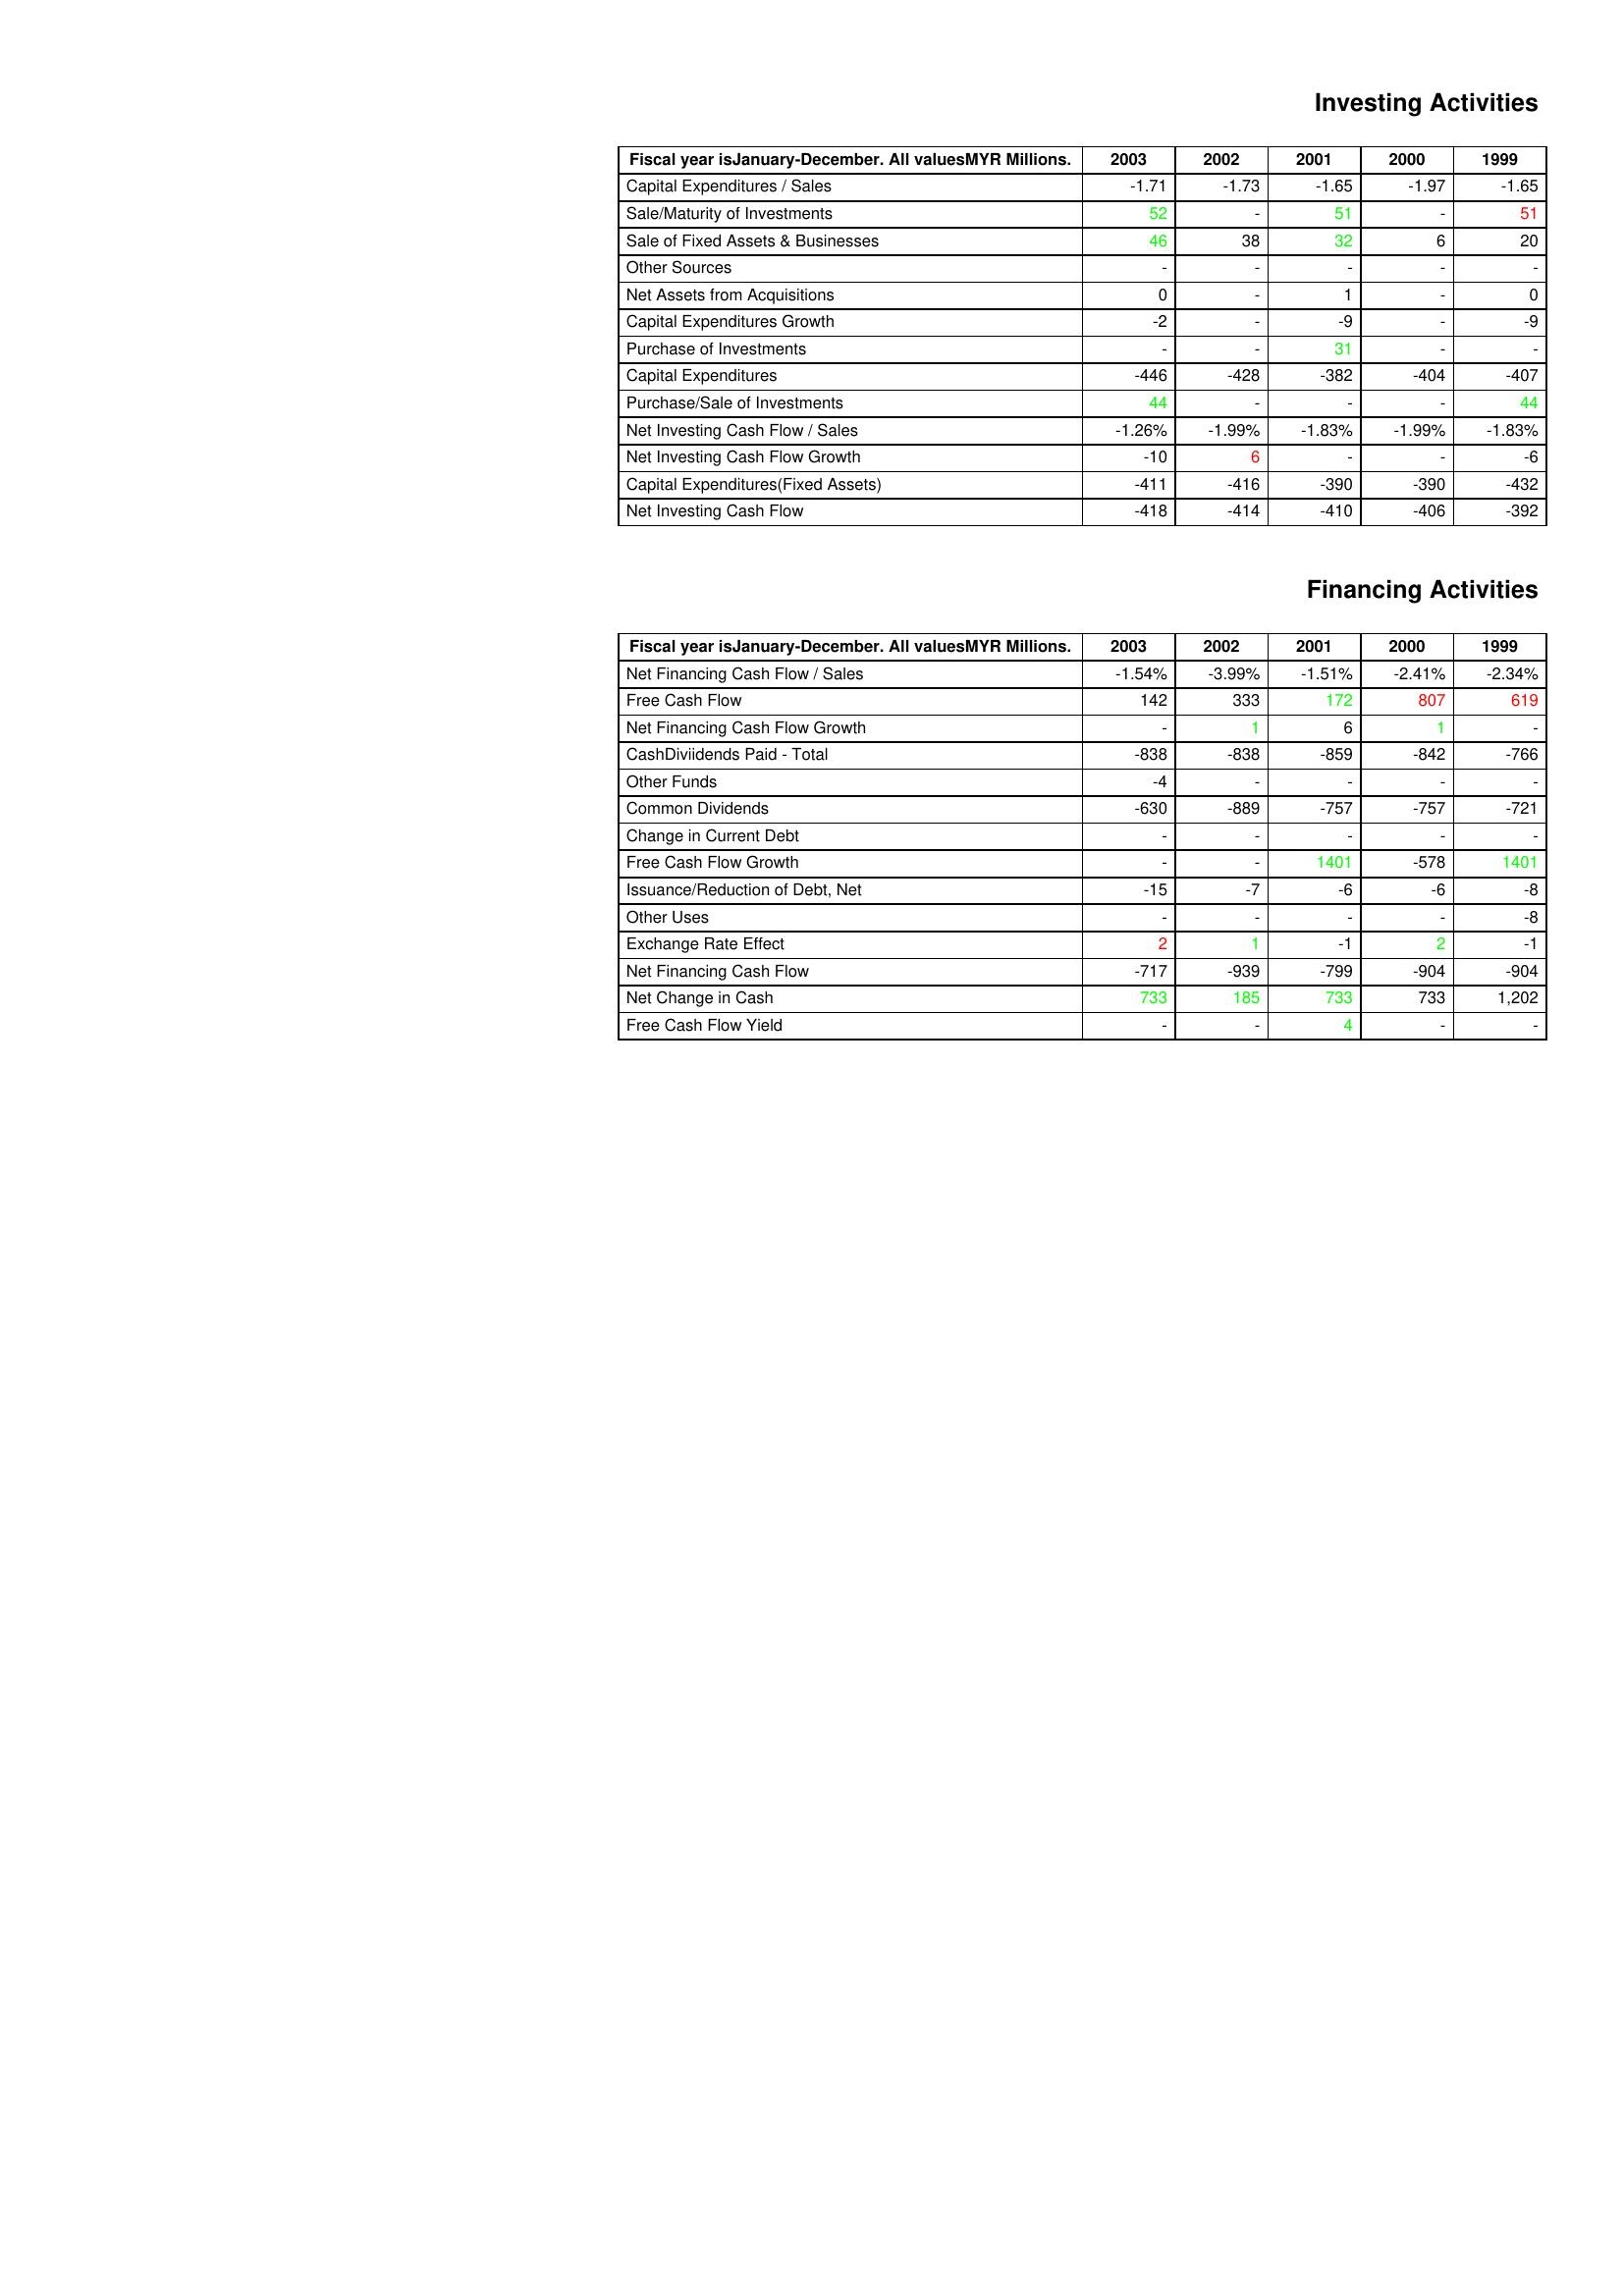
gt_parse: 2003: Investing Activities: Capital Expenditures / Sales: -1.71
Sale/Maturity of Investments: 52
Sale of Fixed Assets & Businesses: 46
Other Sources: -
Net Assets from Acquisitions: 0
Capital Expenditures Growth: -2
Purchase of Investments: -
Capital Expenditures: -446
Purchase/Sale of Investments: 44
Net Investing Cash Flow / Sales: -1.26%
Net Investing Cash Flow Growth: -10
Capital Expenditures(Fixed Assets): -411
Net Investing Cash Flow: -418
Financing Activities: Net Financing Cash Flow / Sales: -1.54%
Free Cash Flow: 142
Net Financing Cash Flow Growth: -
CashDiviidends Paid - Total: -838
Other Funds: -4
Common Dividends: -630
Change in Current Debt: -
Free Cash Flow Growth: -
Issuance/Reduction of Debt, Net: -15
Other Uses: -
Exchange Rate Effect: 2
Net Financing Cash Flow: -717
Net Change in Cash: 733
Free Cash Flow Yield: -
2002: Investing Activities: Capital Expenditures / Sales: -1.73
Sale/Maturity of Investments: -
Sale of Fixed Assets & Businesses: 38
Other Sources: -
Net Assets from Acquisitions: -
Capital Expenditures Growth: -
Purchase of Investments: -
Capital Expenditures: -428
Purchase/Sale of Investments: -
Net Investing Cash Flow / Sales: -1.99%
Net Investing Cash Flow Growth: 6
Capital Expenditures(Fixed Assets): -416
Net Investing Cash Flow: -414
Financing Activities: Net Financing Cash Flow / Sales: -3.99%
Free Cash Flow: 333
Net Financing Cash Flow Growth: 1
CashDiviidends Paid - Total: -838
Other Funds: -
Common Dividends: -889
Change in Current Debt: -
Free Cash Flow Growth: -
Issuance/Reduction of Debt, Net: -7
Other Uses: -
Exchange Rate Effect: 1
Net Financing Cash Flow: -939
Net Change in Cash: 185
Free Cash Flow Yield: -
2001: Investing Activities: Capital Expenditures / Sales: -1.65
Sale/Maturity of Investments: 51
Sale of Fixed Assets & Businesses: 32
Other Sources: -
Net Assets from Acquisitions: 1
Capital Expenditures Growth: -9
Purchase of Investments: 31
Capital Expenditures: -382
Purchase/Sale of Investments: -
Net Investing Cash Flow / Sales: -1.83%
Net Investing Cash Flow Growth: -
Capital Expenditures(Fixed Assets): -390
Net Investing Cash Flow: -410
Financing Activities: Net Financing Cash Flow / Sales: -1.51%
Free Cash Flow: 172
Net Financing Cash Flow Growth: 6
CashDiviidends Paid - Total: -859
Other Funds: -
Common Dividends: -757
Change in Current Debt: -
Free Cash Flow Growth: 1401
Issuance/Reduction of Debt, Net: -6
Other Uses: -
Exchange Rate Effect: -1
Net Financing Cash Flow: -799
Net Change in Cash: 733
Free Cash Flow Yield: 4
2000: Investing Activities: Capital Expenditures / Sales: -1.97
Sale/Maturity of Investments: -
Sale of Fixed Assets & Businesses: 6
Other Sources: -
Net Assets from Acquisitions: -
Capital Expenditures Growth: -
Purchase of Investments: -
Capital Expenditures: -404
Purchase/Sale of Investments: -
Net Investing Cash Flow / Sales: -1.99%
Net Investing Cash Flow Growth: -
Capital Expenditures(Fixed Assets): -390
Net Investing Cash Flow: -406
Financing Activities: Net Financing Cash Flow / Sales: -2.41%
Free Cash Flow: 807
Net Financing Cash Flow Growth: 1
CashDiviidends Paid - Total: -842
Other Funds: -
Common Dividends: -757
Change in Current Debt: -
Free Cash Flow Growth: -578
Issuance/Reduction of Debt, Net: -6
Other Uses: -
Exchange Rate Effect: 2
Net Financing Cash Flow: -904
Net Change in Cash: 733
Free Cash Flow Yield: -
1999: Investing Activities: Capital Expenditures / Sales: -1.65
Sale/Maturity of Investments: 51
Sale of Fixed Assets & Businesses: 20
Other Sources: -
Net Assets from Acquisitions: 0
Capital Expenditures Growth: -9
Purchase of Investments: -
Capital Expenditures: -407
Purchase/Sale of Investments: 44
Net Investing Cash Flow / Sales: -1.83%
Net Investing Cash Flow Growth: -6
Capital Expenditures(Fixed Assets): -432
Net Investing Cash Flow: -392
Financing Activities: Net Financing Cash Flow / Sales: -2.34%
Free Cash Flow: 619
Net Financing Cash Flow Growth: -
CashDiviidends Paid - Total: -766
Other Funds: -
Common Dividends: -721
Change in Current Debt: -
Free Cash Flow Growth: 1401
Issuance/Reduction of Debt, Net: -8
Other Uses: -8
Exchange Rate Effect: -1
Net Financing Cash Flow: -904
Net Change in Cash: 1,202
Free Cash Flow Yield: -